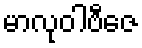
မာလုဝါဗီဇေ